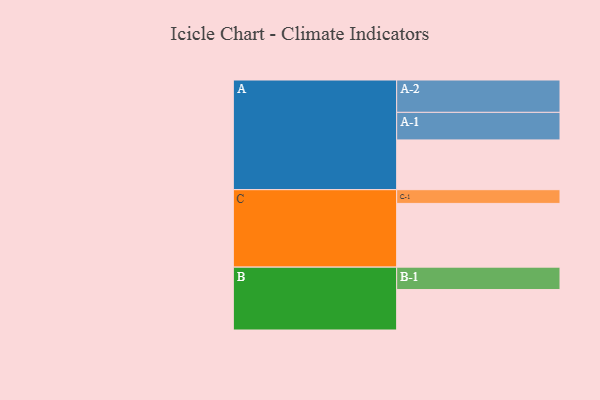
{"axis": {"x": "Segment", "y": "Value"}, "legend": ["", "A", "B", "C"], "data": [{"x": "A", "y": 406, "type": ""}, {"x": "B", "y": 330, "type": ""}, {"x": "C", "y": 520, "type": ""}, {"x": "A-1", "y": 225, "type": "A"}, {"x": "A-2", "y": 264, "type": "A"}, {"x": "B-1", "y": 183, "type": "B"}, {"x": "C-1", "y": 112, "type": "C"}]}